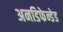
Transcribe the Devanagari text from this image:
अनडिफेन्डेड